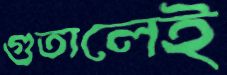
গুতালেই